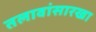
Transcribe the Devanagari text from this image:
तलावांसारखा